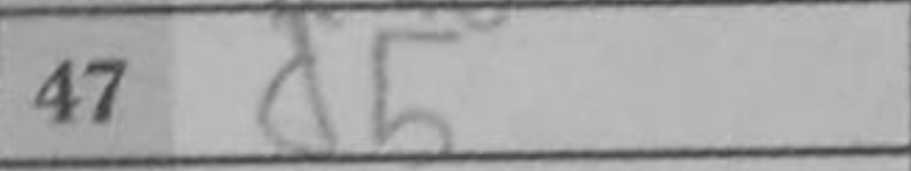
Transcription: d5